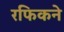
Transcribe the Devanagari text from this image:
रफिकने